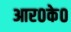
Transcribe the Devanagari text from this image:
आर०के०